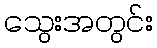
သွေးအတွင်း